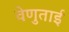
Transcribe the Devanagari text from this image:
वेणुताई